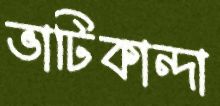
ভাটিকান্দা